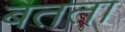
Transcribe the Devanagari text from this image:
बतता